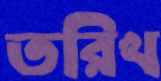
তরিখ